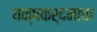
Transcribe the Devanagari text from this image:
यक्षकर्दमाचा